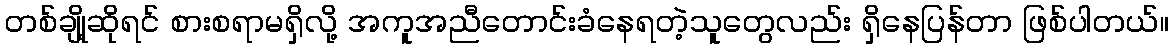
တစ်ချို့ဆိုရင် စားစရာမရှိလို့ အကူအညီတောင်းခံနေရတဲ့သူတွေလည်း ရှိနေပြန်တာ ဖြစ်ပါတယ်။